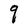
Character: q